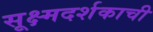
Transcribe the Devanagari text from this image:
सूक्ष्मदर्शकाची